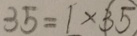
3 5 = 1 \times 3 5